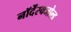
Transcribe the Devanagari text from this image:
नॉर्देंस्क्जोल्ड